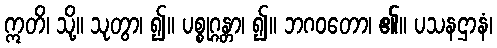
ဣတိ၊ သို့။ သုတွာ၊ ၍။ ပစ္စုဂ္ဂန္တာ၊ ၍။ ဘဂဝတော၊ ၏။ ပသနဌာနံ၊